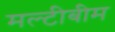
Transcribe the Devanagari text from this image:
मल्टीबीम